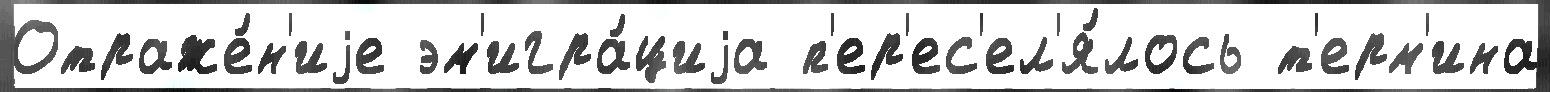
Отраже́н'иjе эм'игра́циjа п'ер'ес'ел'я́лось т'ерм'ина